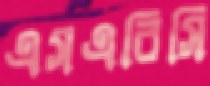
এসএবিসি